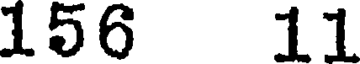
156 11